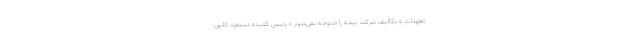
تعهدات و تکالیف شرکت بیمه را متوجه نمی‌شوم.» رئیس کمیته دستمزد کانون